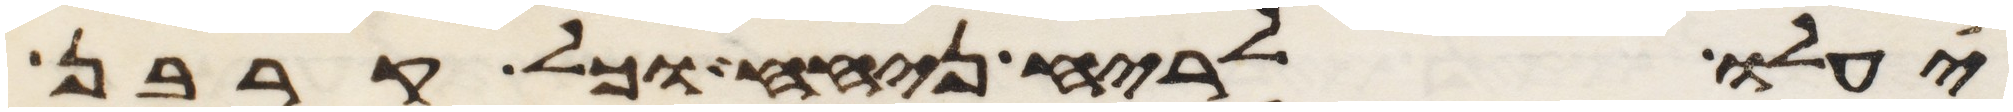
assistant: יעלו לריח ניחח וכל קרבן